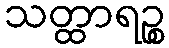
သတ္ထာရဉ္စ